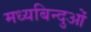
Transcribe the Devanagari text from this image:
मध्यबिन्दुओं